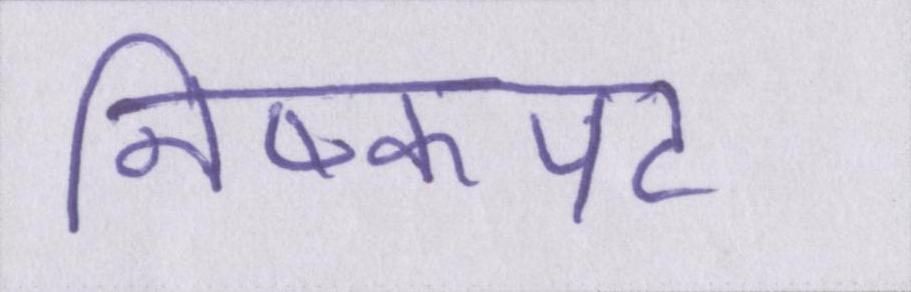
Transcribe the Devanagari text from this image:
निष्कपट